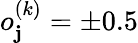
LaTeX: o_{\mathbf{j}}^{(k)}=\pm0.5